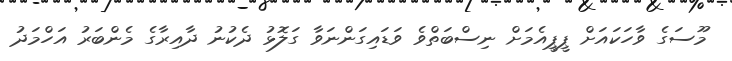
މޫސަގެ ވާހަކައަށް ޕީޕީއެމަށް ނިސްބަތްވެ ވަޑައިގަންނަވާ ގަލޮޅު ދެކުނު ދާއިރާގެ މެންބަރު އަހްމަދު